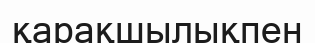
қарақшылықпен